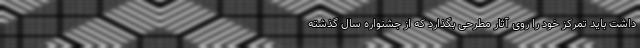
داشت باید تمرکز خود را روی آثار مطرحی بگذارد که از جشنواره سال گذشته